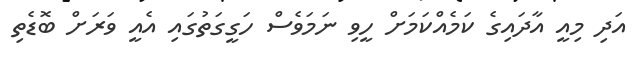
އަދި މިއީ އާދައިގެ ކަމެއްކަމަށް ހީވި ނަމަވެސް ހަގީގަތުގައި އެއީ ވަރަށް ބޮޑެތި